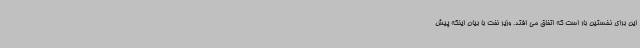
این برای نخستین بار است که اتفاق می افتد. وزیر نفت با بیان اینکه پیش